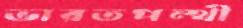
ভারতপন্থী